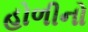
હોળીનો